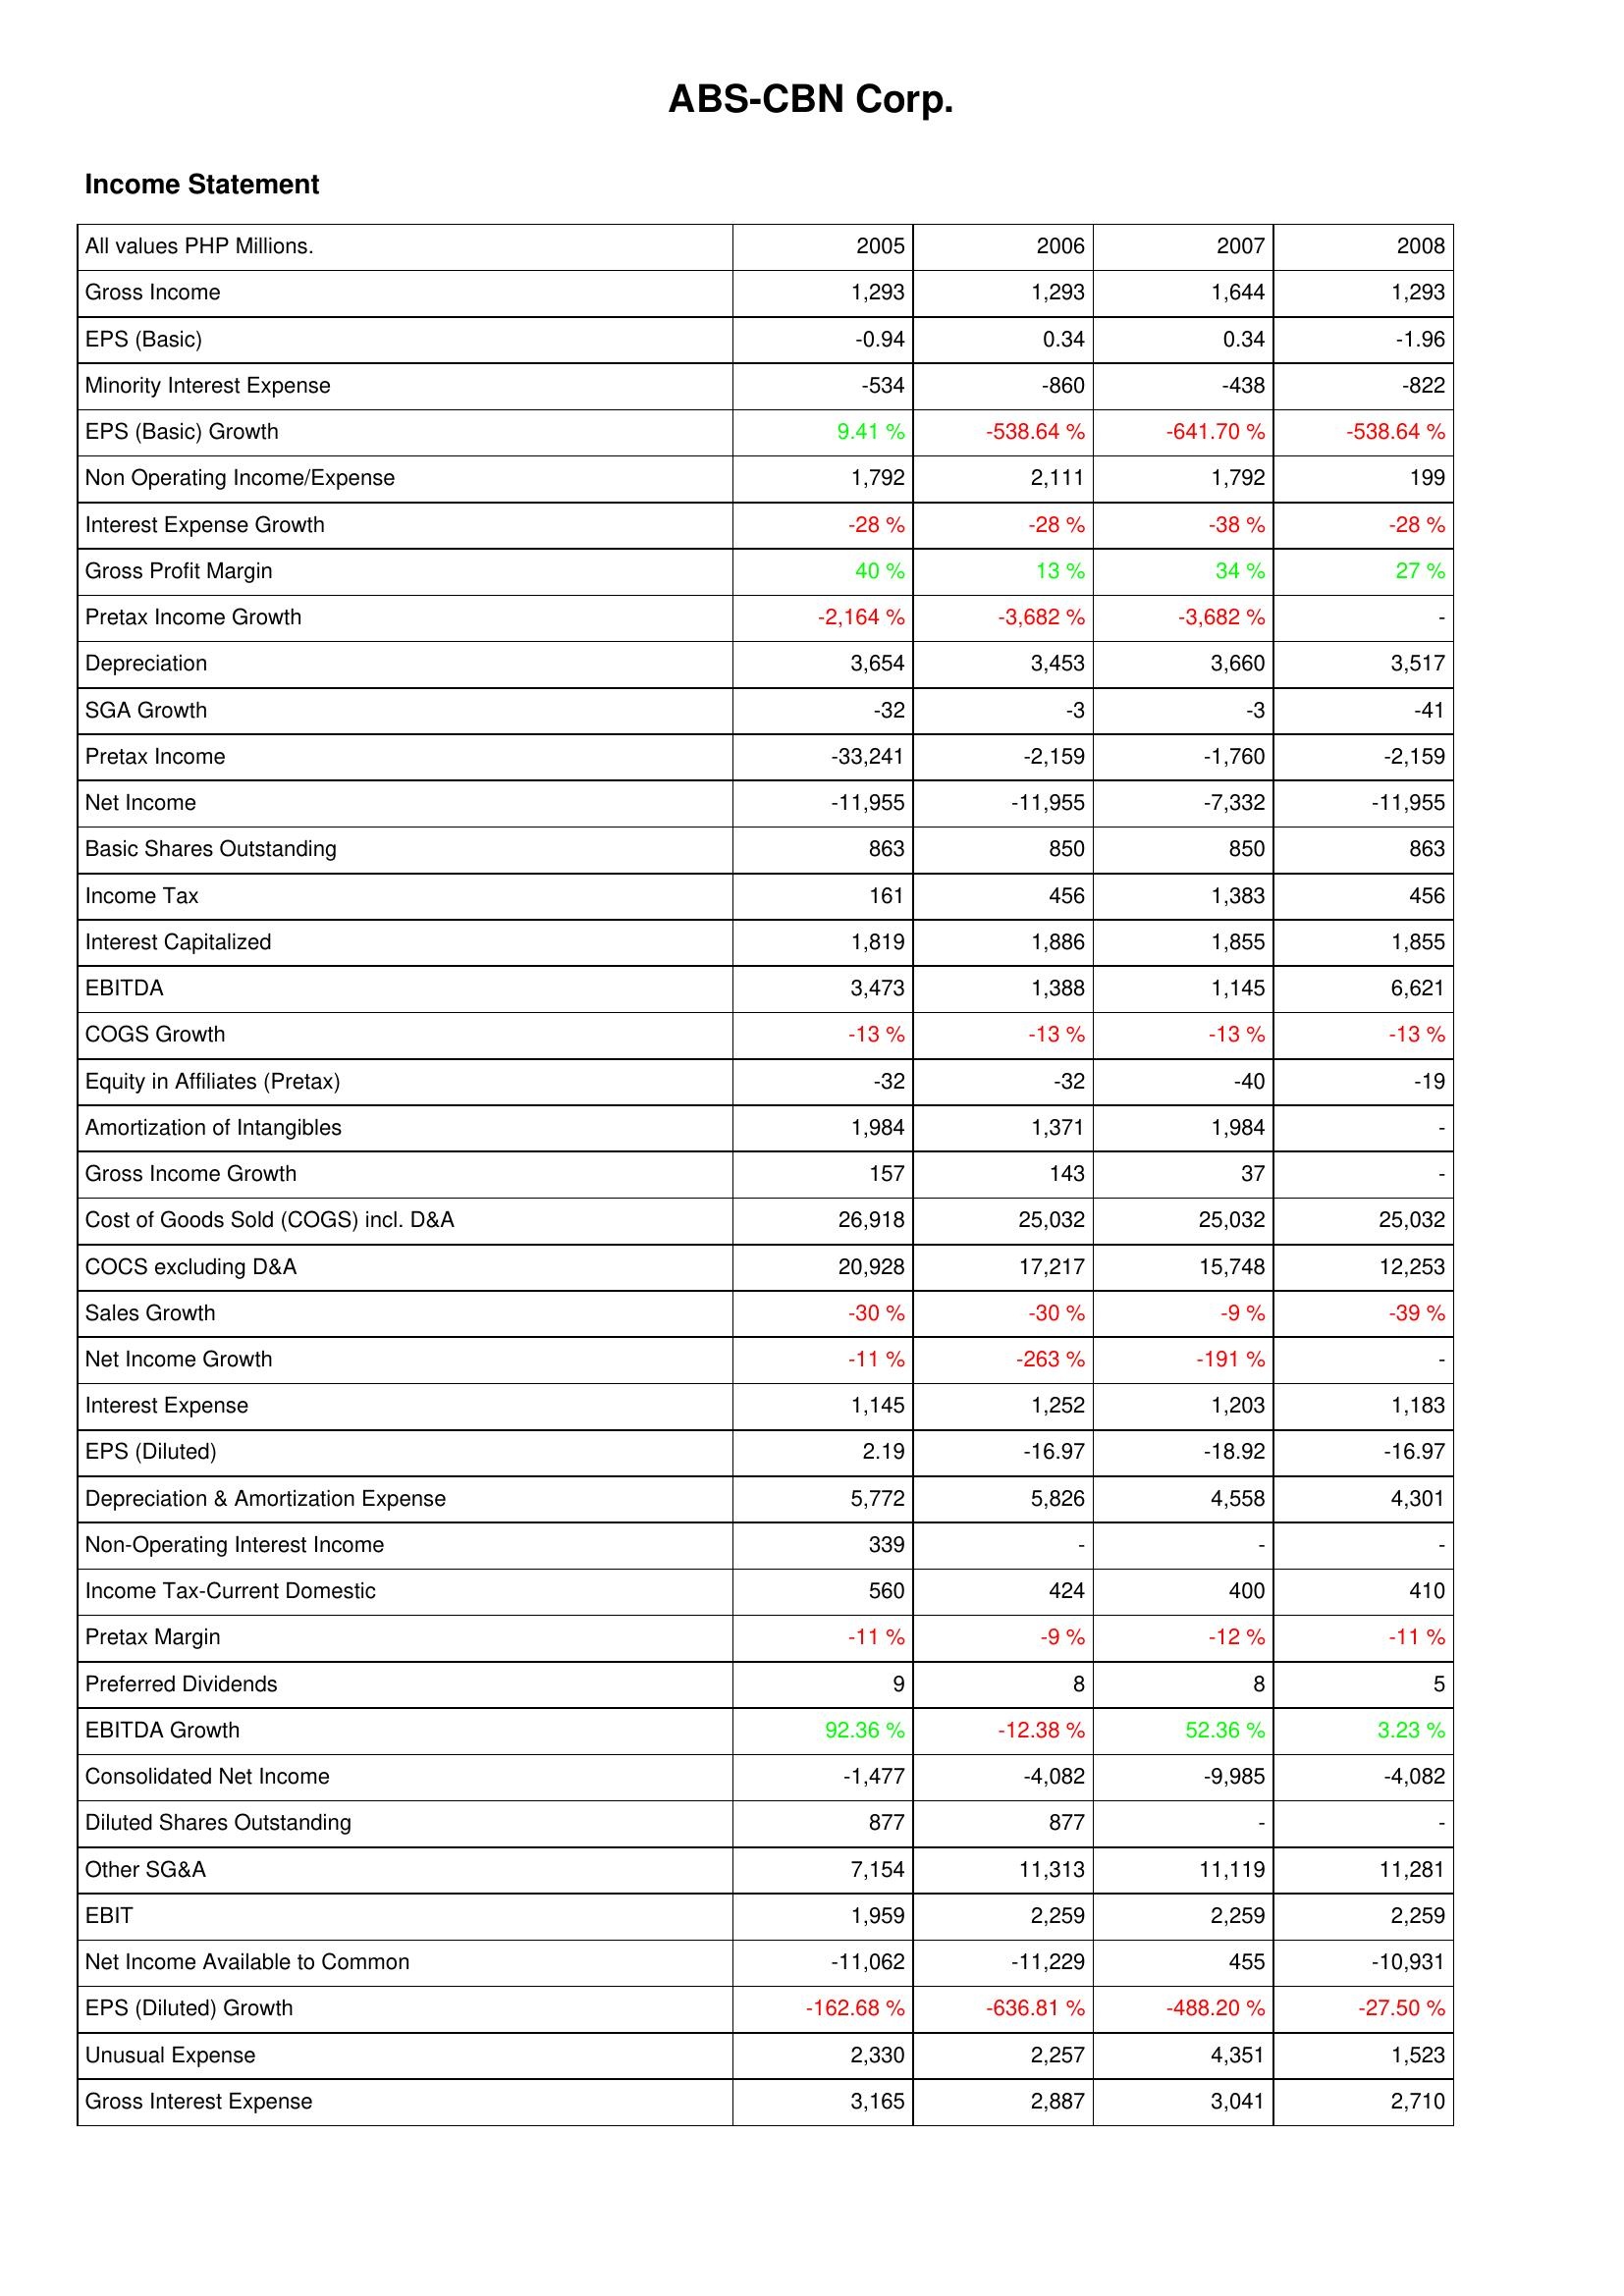
2005: Income Statement: Gross Income: 1,293
EPS (Basic): -0.94
Minority Interest Expense: -534
EPS (Basic) Growth: 9.41 %
Non Operating Income/Expense: 1,792
Interest Expense Growth: -28 %
Gross Profit Margin: 40 %
Pretax Income Growth: -2,164 %
Depreciation: 3,654
SGA Growth: -32
Pretax Income: -33,241
Net Income: -11,955
Basic Shares Outstanding: 863
Income Tax: 161
Interest Capitalized: 1,819
EBITDA: 3,473
COGS Growth: -13 %
Equity in Affiliates (Pretax): -32
Amortization of Intangibles: 1,984
Gross Income Growth: 157
Cost of Goods Sold (COGS) incl. D&A: 26,918
COCS excluding D&A: 20,928
Sales Growth: -30 %
Net Income Growth: -11 %
Interest Expense: 1,145
EPS (Diluted): 2.19
Depreciation & Amortization Expense: 5,772
Non-Operating Interest Income: 339
Income Tax-Current Domestic: 560
Pretax Margin: -11 %
Preferred Dividends: 9
EBITDA Growth: 92.36 %
Consolidated Net Income: -1,477
Diluted Shares Outstanding: 877
Other SG&A: 7,154
EBIT: 1,959
Net Income Available to Common: -11,062
EPS (Diluted) Growth: -162.68 %
Unusual Expense: 2,330
Gross Interest Expense: 3,165
2006: Income Statement: Gross Income: 1,293
EPS (Basic): 0.34
Minority Interest Expense: -860
EPS (Basic) Growth: -538.64 %
Non Operating Income/Expense: 2,111
Interest Expense Growth: -28 %
Gross Profit Margin: 13 %
Pretax Income Growth: -3,682 %
Depreciation: 3,453
SGA Growth: -3
Pretax Income: -2,159
Net Income: -11,955
Basic Shares Outstanding: 850
Income Tax: 456
Interest Capitalized: 1,886
EBITDA: 1,388
COGS Growth: -13 %
Equity in Affiliates (Pretax): -32
Amortization of Intangibles: 1,371
Gross Income Growth: 143
Cost of Goods Sold (COGS) incl. D&A: 25,032
COCS excluding D&A: 17,217
Sales Growth: -30 %
Net Income Growth: -263 %
Interest Expense: 1,252
EPS (Diluted): -16.97
Depreciation & Amortization Expense: 5,826
Non-Operating Interest Income: -
Income Tax-Current Domestic: 424
Pretax Margin: -9 %
Preferred Dividends: 8
EBITDA Growth: -12.38 %
Consolidated Net Income: -4,082
Diluted Shares Outstanding: 877
Other SG&A: 11,313
EBIT: 2,259
Net Income Available to Common: -11,229
EPS (Diluted) Growth: -636.81 %
Unusual Expense: 2,257
Gross Interest Expense: 2,887
2007: Income Statement: Gross Income: 1,644
EPS (Basic): 0.34
Minority Interest Expense: -438
EPS (Basic) Growth: -641.70 %
Non Operating Income/Expense: 1,792
Interest Expense Growth: -38 %
Gross Profit Margin: 34 %
Pretax Income Growth: -3,682 %
Depreciation: 3,660
SGA Growth: -3
Pretax Income: -1,760
Net Income: -7,332
Basic Shares Outstanding: 850
Income Tax: 1,383
Interest Capitalized: 1,855
EBITDA: 1,145
COGS Growth: -13 %
Equity in Affiliates (Pretax): -40
Amortization of Intangibles: 1,984
Gross Income Growth: 37
Cost of Goods Sold (COGS) incl. D&A: 25,032
COCS excluding D&A: 15,748
Sales Growth: -9 %
Net Income Growth: -191 %
Interest Expense: 1,203
EPS (Diluted): -18.92
Depreciation & Amortization Expense: 4,558
Non-Operating Interest Income: -
Income Tax-Current Domestic: 400
Pretax Margin: -12 %
Preferred Dividends: 8
EBITDA Growth: 52.36 %
Consolidated Net Income: -9,985
Diluted Shares Outstanding: -
Other SG&A: 11,119
EBIT: 2,259
Net Income Available to Common: 455
EPS (Diluted) Growth: -488.20 %
Unusual Expense: 4,351
Gross Interest Expense: 3,041
2008: Income Statement: Gross Income: 1,293
EPS (Basic): -1.96
Minority Interest Expense: -822
EPS (Basic) Growth: -538.64 %
Non Operating Income/Expense: 199
Interest Expense Growth: -28 %
Gross Profit Margin: 27 %
Pretax Income Growth: -
Depreciation: 3,517
SGA Growth: -41
Pretax Income: -2,159
Net Income: -11,955
Basic Shares Outstanding: 863
Income Tax: 456
Interest Capitalized: 1,855
EBITDA: 6,621
COGS Growth: -13 %
Equity in Affiliates (Pretax): -19
Amortization of Intangibles: -
Gross Income Growth: -
Cost of Goods Sold (COGS) incl. D&A: 25,032
COCS excluding D&A: 12,253
Sales Growth: -39 %
Net Income Growth: -
Interest Expense: 1,183
EPS (Diluted): -16.97
Depreciation & Amortization Expense: 4,301
Non-Operating Interest Income: -
Income Tax-Current Domestic: 410
Pretax Margin: -11 %
Preferred Dividends: 5
EBITDA Growth: 3.23 %
Consolidated Net Income: -4,082
Diluted Shares Outstanding: -
Other SG&A: 11,281
EBIT: 2,259
Net Income Available to Common: -10,931
EPS (Diluted) Growth: -27.50 %
Unusual Expense: 1,523
Gross Interest Expense: 2,710